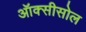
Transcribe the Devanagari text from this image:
ऑक्सीसोल